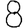
Digit: 8